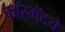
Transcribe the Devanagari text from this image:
फॉरमॅटचे